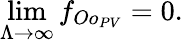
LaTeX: \operatorname*{lim}_{\Lambda\to\infty}f_{Oo_{PV}}=0.